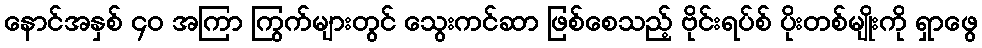
နောင်အနှစ် ၄၀ အကြာ ကြွက်များတွင် သွေးကင်ဆာ ဖြစ်စေသည့် ဗိုင်းရပ်စ် ပိုးတစ်မျိုးကို ရှာဖွေ